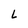
Character: L